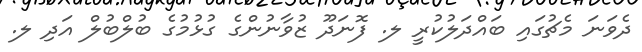
ދެވަނަ މެޗުގައި ބައްދަލުކުރީ ލ. ފޮނަދޫ ޒުވާނުންގެ ގުޅުމުގެ ބުލްބުލް އަދި ލ.